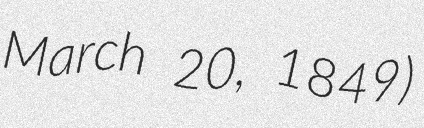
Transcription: March 20, 1849)